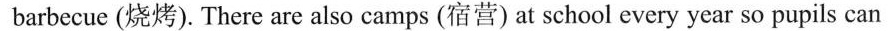
barbecue (烧烤). There are also camps (宿营) at school every year so pupils can